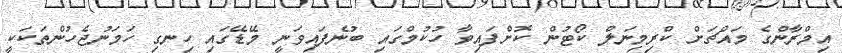
އިމްރާންގެ މައްޗަށް ކްރިމިނަލް ކޯޓުން ކޮށްފައިވާ ހުކުމްގައި ބުނެފައިވަނީ މޭޑޭގައި ހިނގި ހަމަނުޖެހުންތަކަކީ